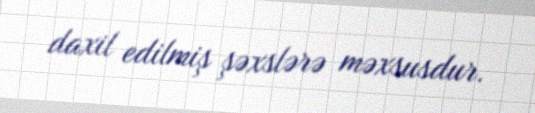
daxil edilmiş şəxslərə məxsusdur.